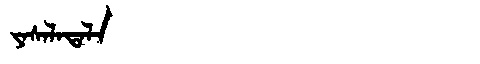
Manchu: ᠶᠠᠰᠠᠯᠠᡨᠠᠯᠠ
Romanization: YASALATALA